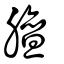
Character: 膻